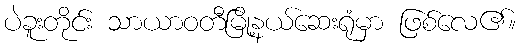
ပဲခူးတိုင်း သာယာဝတီမြို့နယ်ဆေးရုံမှာ ဖြစ်လေ၏။